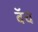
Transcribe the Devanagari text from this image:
बॅच